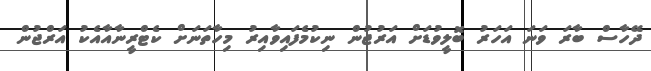
ދޭހާސް ބާރަ ވަނަ އަހަރު ބޮލީވުޑަށް އަރުޖުން ނިކުމެފައިވާއިރު މިހާތަނަށް ކެޓްރީނާއާއެކު އަރްޖުން